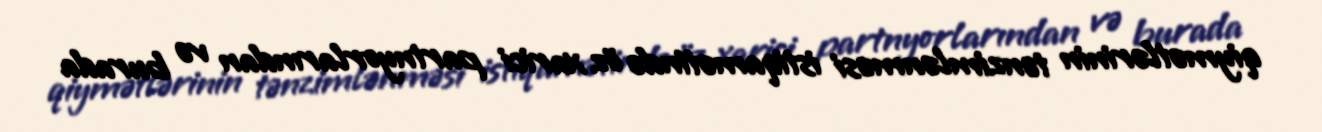
qiymətlərinin tənzimlənməsi istiqamətində öz xarici partnyorlarından və burada